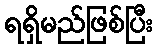
ရရှိမည်ဖြစ်ပြီး